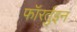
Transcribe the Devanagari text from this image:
फॉरर्तुइन